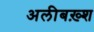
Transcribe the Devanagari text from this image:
अलीबख़्श